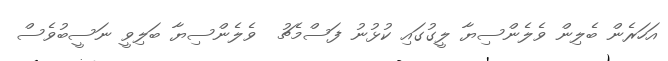
އަހަރެން ބެލިން ވެލެންސިޔާ ލީގުގައި ކުޅުނު ފަސްމެޗު  ވެލެންސިޔާ ބަލިވީ ނަސީބުވެސް